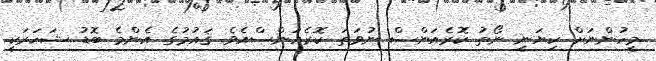
މީހުންނަށް ކިޔަނީ ނޯތު ކޮރެއަންސް ނުވަތަ ކޮރެއަންސްއެވެ. ޤައުމުގެ އެންމެ ބޮޑު ޝަހަރަކީ